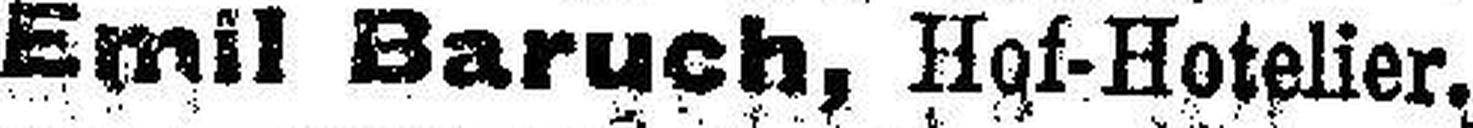
Emil Baruch, Hof-Hotelier.